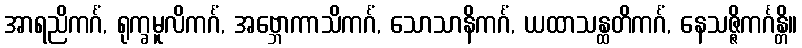
အာရညိကင်္ဂံ, ရုက္ခမူလိကင်္ဂံ, အဗ္ဘောကာသိကင်္ဂံ, သောသာနိကင်္ဂံ, ယထာသန္ထတိကင်္ဂံ, နေသဇ္ဇိကင်္ဂန္တိ။